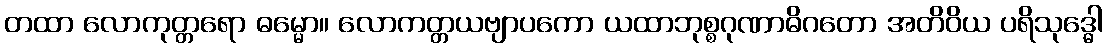
တထာ လောကုတ္တရော ဓမ္မော။ လောကတ္တယဗျာပကော ယထာဘုစ္စဂုဏာဓိဂတော အတိဝိယ ပရိသုဒ္ဓေါ